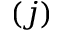
( j )